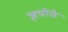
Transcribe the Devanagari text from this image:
ज़पोते